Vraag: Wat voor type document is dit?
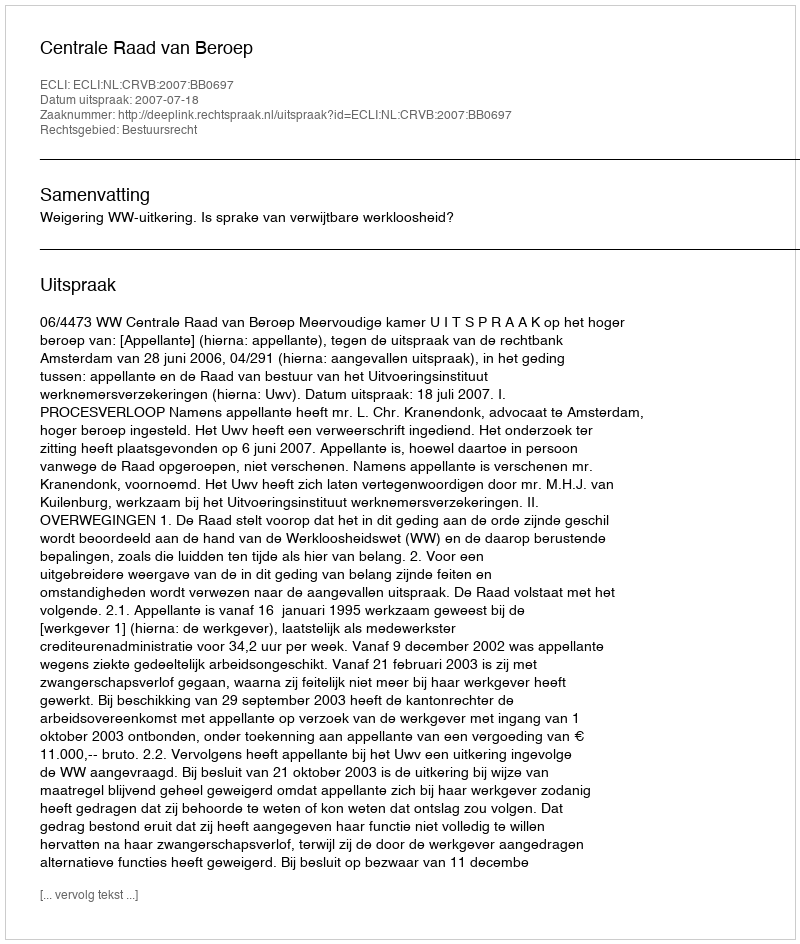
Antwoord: Uitspraak